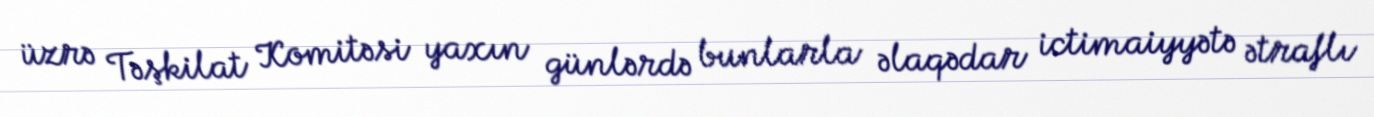
üzrə Təşkilat Komitəsi yaxın günlərdə bunlarla əlaqədar ictimaiyyətə ətraflı